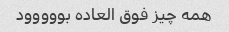
همه چیز فوق العاده بووووود